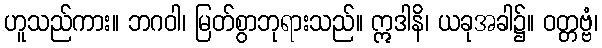
ဟူသည်ကား။ ဘဂဝါ၊ မြတ်စွာဘုရားသည်။ ဣဒါနိ၊ ယခုအခါ၌။ ဝတ္တဗ္ဗံ၊